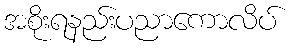
အစိုးရနည်းပညာကောလိပ်